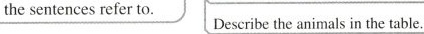
the sentences refer to. Describe the animals in the table.